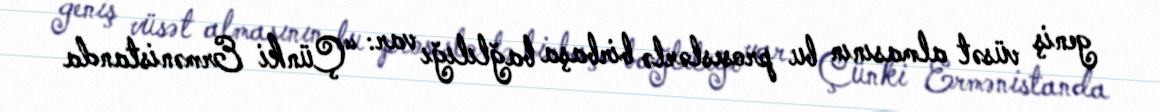
geniş vüsət almasının bu proseslərlə birbaşa bağlılığı var: “Çünki Ermənistanda